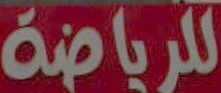
للرياضة